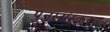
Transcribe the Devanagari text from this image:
पुनस्संस्करण